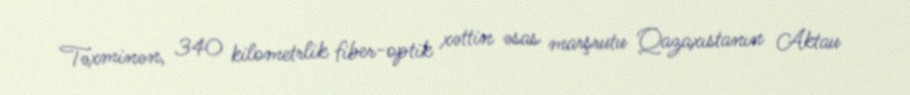
Təxminən, 340 kilometrlik fiber-optik xəttin əsas marşrutu Qazaxıstanın Aktau